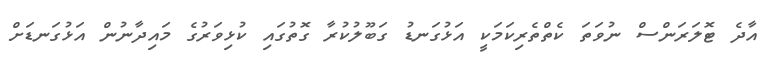
އާދެ ޓޮލަރަންސް ނުވަތަ ކެތްތެރިކަމަކީ އަޅުގަނޑު ގަބޫލުކުރާ ގޮތުގައި ކުޅިވަރުގެ މައިދާނުން އަޅުގަނޑަށް